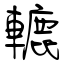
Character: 轆